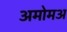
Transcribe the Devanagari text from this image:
अमोमअ